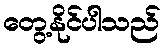
တွေ့နိုင်ပါသည်